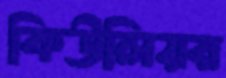
কিউলিয়র